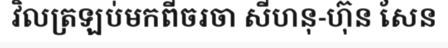
វិលត្រឡប់មកពីចរចា សីហនុ-ហ៊ុន សែន